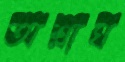
অশ্লাঘ